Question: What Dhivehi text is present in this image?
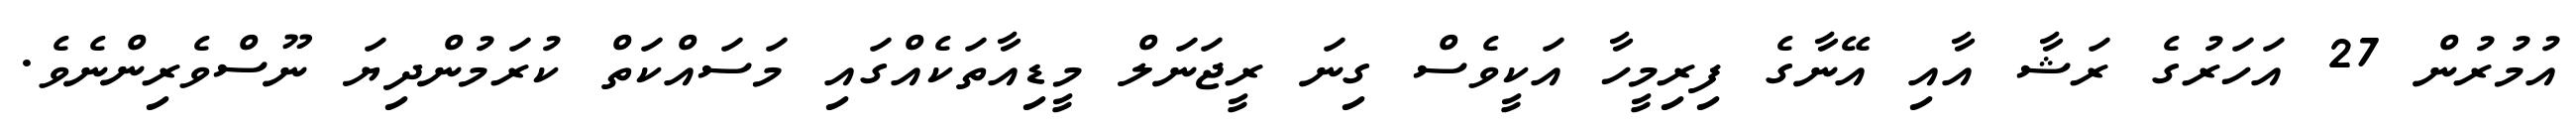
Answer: އުމުރުން 27 އަހަރުގެ ރަޝާ އާއި އޭނާގެ ފިރިމީހާ އަކީވެސް ގިނަ ރީޖަނަލް މީޑިއާތަކެއްގައި މަސައްކަތް ކުރަމުންދިޔަ ނޫސްވެރިންނެވެ.